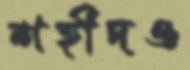
শহীদও